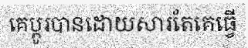
គេប្តូរបានដោយសារតែគេធ្វើ